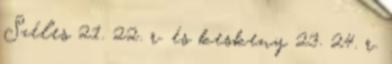
Széles 21. 22. r. és keskeny 23. 24. r.